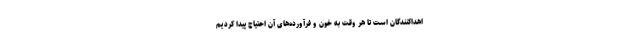
اهداکنندگان است تا هر وقت به خون و فرآورده‌های آن احتیاج پیدا کردیم